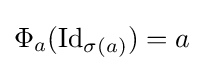
\Phi _{a}(\operatorname {Id} _{\sigma (a)})=a